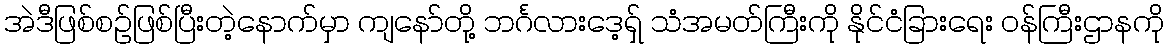
အဲဒီဖြစ်စဉ်ဖြစ်ပြီးတဲ့နောက်မှာ ကျနော်တို့ ဘင်္ဂလားဒေ့ရှ် သံအမတ်ကြီးကို နိုင်ငံခြားရေး ဝန်ကြီးဌာနကို